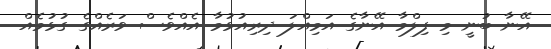
އޭނާ ބުނީ މި ފިލްމާ އޭނާގެ އަމިއްލަ ދިރިއުޅުމާ އެއްވެސް ވަރެއްގެ ގުޅުމެއް